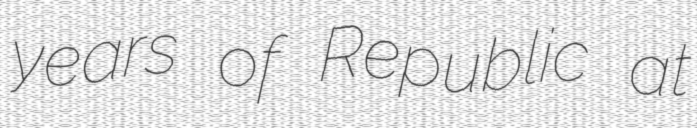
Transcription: years of Republic at